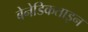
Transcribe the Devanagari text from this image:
बेनेडिकताइन